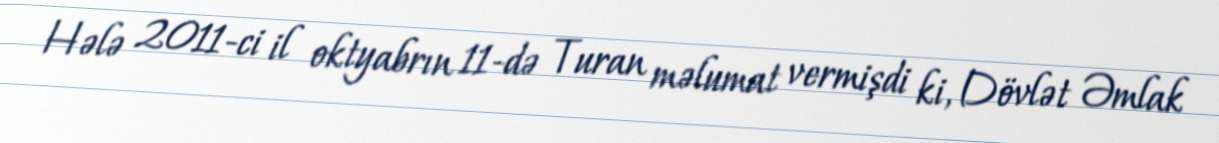
Hələ 2011-ci il oktyabrın 11-də Turan məlumat vermişdi ki, Dövlət Əmlak